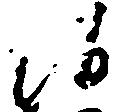
候